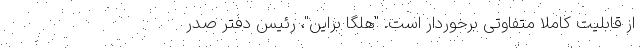
از قابلیت کاملا متفاوتی برخوردار است. "هلگا براین"، رئیس دفتر صدر